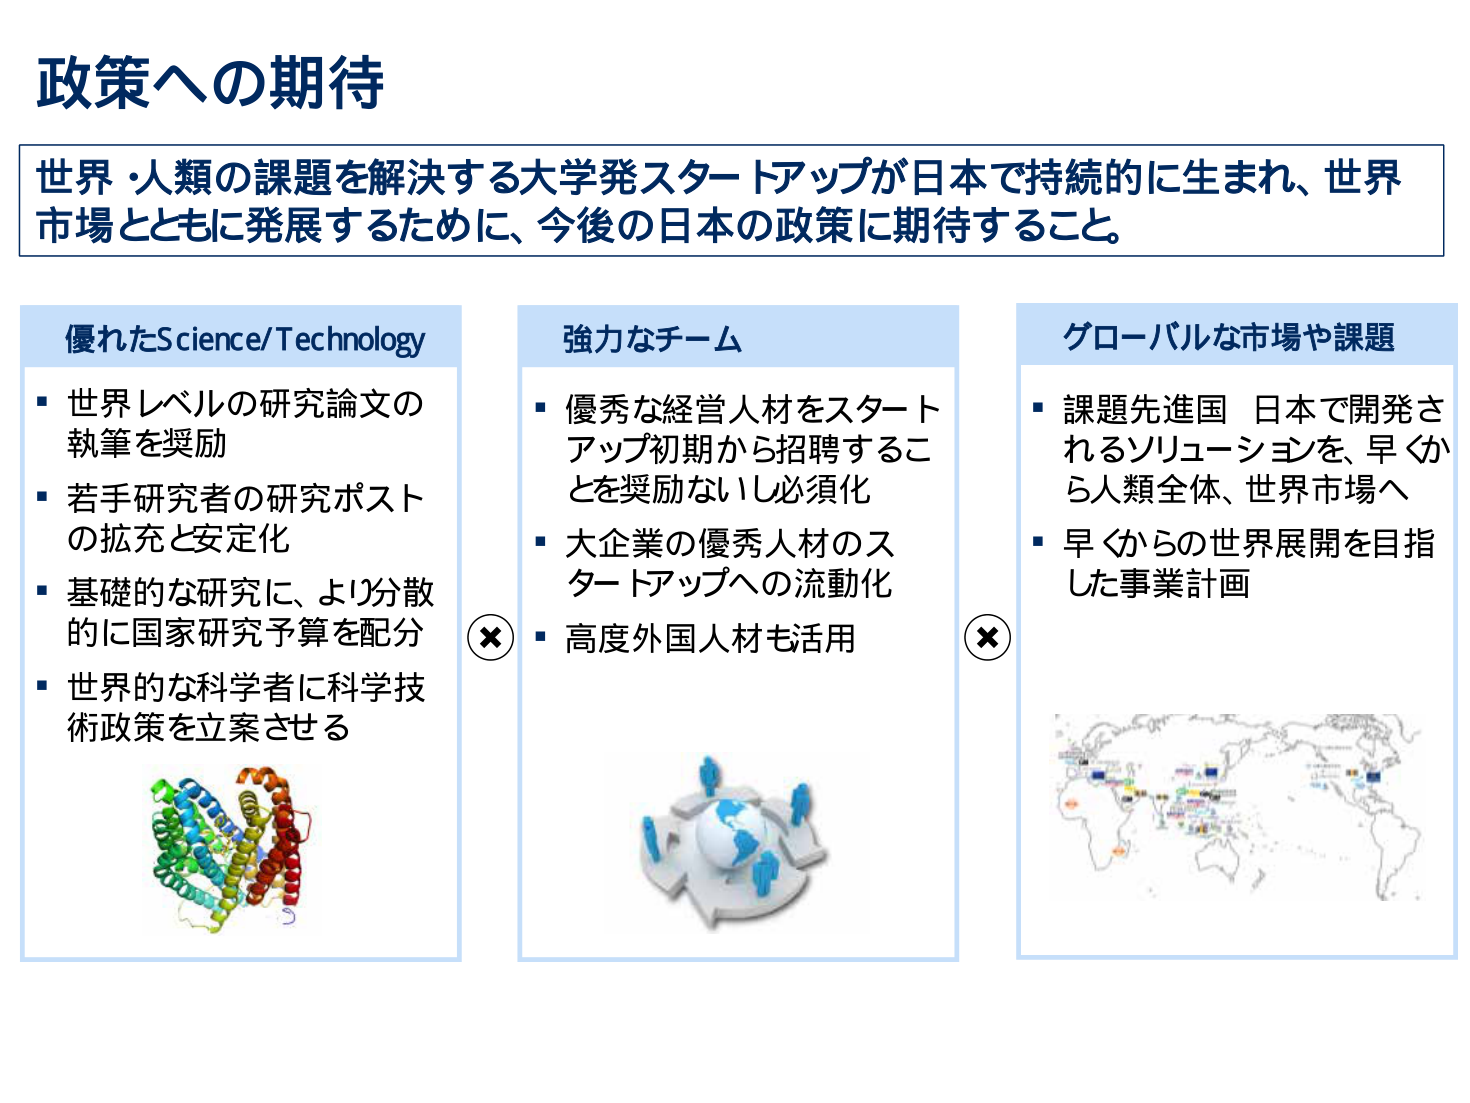
政策への期待

世界・人類の課題を解決する大学発スタートアップが日本で持続的に生まれ、世界市場とともに発展するために、今後の日本の政策に期待すること。

優れたScience/Technology
・世界レベルの研究論文の執筆を奨励
・若手研究者の研究ポストの拡充と安定化
・基礎的な研究に、より分散的に国家研究予算を配分
・世界的な科学者に科学技術政策を立案させる

強力なチーム
・優秀な経営人材をスタートアップ初期から招聘することを奨励ないし必須化
・大企業の優秀人材のスタートアップへの流動化
・高度外国人材も活用

グローバルな市場や課題
・課題先進国 日本で開発されるソリューションを、早くから人類全体、世界市場へ
・早くからの世界展開を目指した事業計画